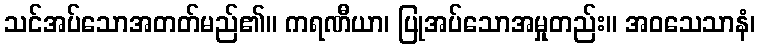
သင်အပ်သောအတတ်မည်၏။ ကရဏီယာ၊ ပြုအပ်သောအမှုတည်း။ အဝသေသာနံ၊